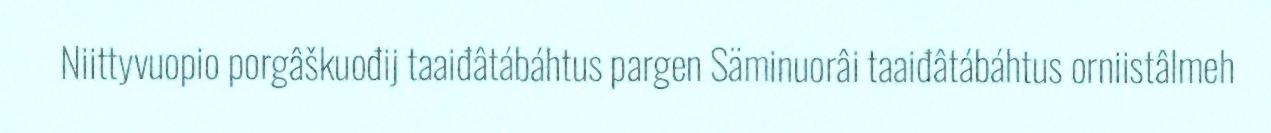
Niittyvuopio porgâškuođij taaiđâtábáhtus pargen Säminuorâi taaiđâtábáhtus orniistâlmeh